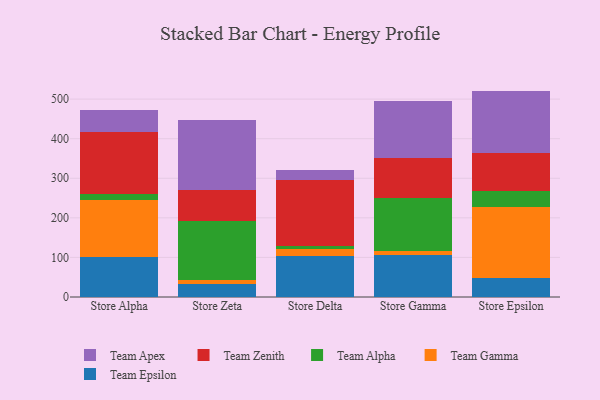
{"axis": {"x": "Store", "y": "Inventory Turnover"}, "legend": ["Team Alpha", "Team Apex", "Team Epsilon", "Team Gamma", "Team Zenith"], "data": [{"x": "Store Alpha", "y": 101.0, "type": "Team Epsilon"}, {"x": "Store Alpha", "y": 144.1, "type": "Team Gamma"}, {"x": "Store Alpha", "y": 14.3, "type": "Team Alpha"}, {"x": "Store Alpha", "y": 157.6, "type": "Team Zenith"}, {"x": "Store Alpha", "y": 54.6, "type": "Team Apex"}, {"x": "Store Zeta", "y": 33.7, "type": "Team Epsilon"}, {"x": "Store Zeta", "y": 9.6, "type": "Team Gamma"}, {"x": "Store Zeta", "y": 147.9, "type": "Team Alpha"}, {"x": "Store Zeta", "y": 79.5, "type": "Team Zenith"}, {"x": "Store Zeta", "y": 177.2, "type": "Team Apex"}, {"x": "Store Delta", "y": 102.5, "type": "Team Epsilon"}, {"x": "Store Delta", "y": 18.8, "type": "Team Gamma"}, {"x": "Store Delta", "y": 8.5, "type": "Team Alpha"}, {"x": "Store Delta", "y": 166.4, "type": "Team Zenith"}, {"x": "Store Delta", "y": 24.7, "type": "Team Apex"}, {"x": "Store Gamma", "y": 105.6, "type": "Team Epsilon"}, {"x": "Store Gamma", "y": 10.9, "type": "Team Gamma"}, {"x": "Store Gamma", "y": 132.8, "type": "Team Alpha"}, {"x": "Store Gamma", "y": 100.9, "type": "Team Zenith"}, {"x": "Store Gamma", "y": 144.6, "type": "Team Apex"}, {"x": "Store Epsilon", "y": 48.9, "type": "Team Epsilon"}, {"x": "Store Epsilon", "y": 177.7, "type": "Team Gamma"}, {"x": "Store Epsilon", "y": 40.4, "type": "Team Alpha"}, {"x": "Store Epsilon", "y": 96.0, "type": "Team Zenith"}, {"x": "Store Epsilon", "y": 157.9, "type": "Team Apex"}]}